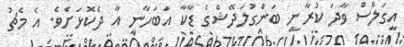
އީގަލްސް ވާދަ ކުރާނީ ބަންގުލަދޭޝްގެ ޑާކާ އަބަހާނީ އާ ދެކޮޅަށެވެ. އެ މެޗު